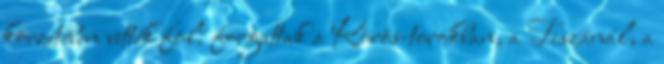
körzetében vették föl: forgattak a Körös-torokban, a Tiszánál, a